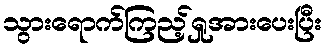
သွားရောက်ကြည့်ရှုအားပေးပြီး